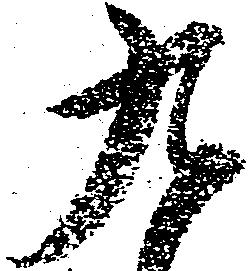
九